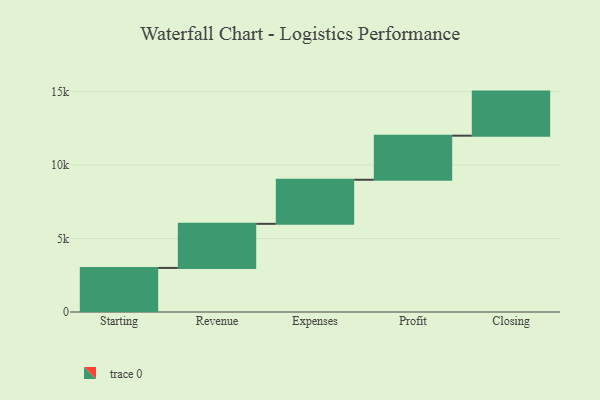
{"axis": {"x": "Step", "y": "Value"}, "legend": [""], "data": [{"x": "Starting", "y": 3000, "type": ""}, {"x": "Revenue", "y": 3000, "type": ""}, {"x": "Expenses", "y": 3000, "type": ""}, {"x": "Profit", "y": 3000, "type": ""}, {"x": "Closing", "y": 3000, "type": ""}]}